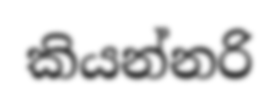
කියන්නරි